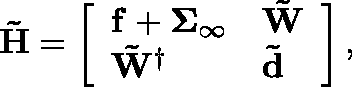
\mathbf { \tilde { H } } = \left[ \begin{array} { l l } { \mathbf { f } + \mathbf { \Sigma } _ { \infty } } & { \mathbf { \tilde { W } } } \\ { \mathbf { \tilde { W } } ^ { \dagger } } & { \mathbf { \tilde { d } } } \end{array} \right] ,